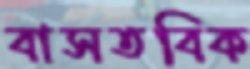
বাসতবিক